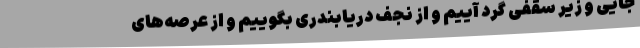
جایی و زیر سقفی گرد آییم و از نجف دریابندری بگوییم و از عرصه‌های